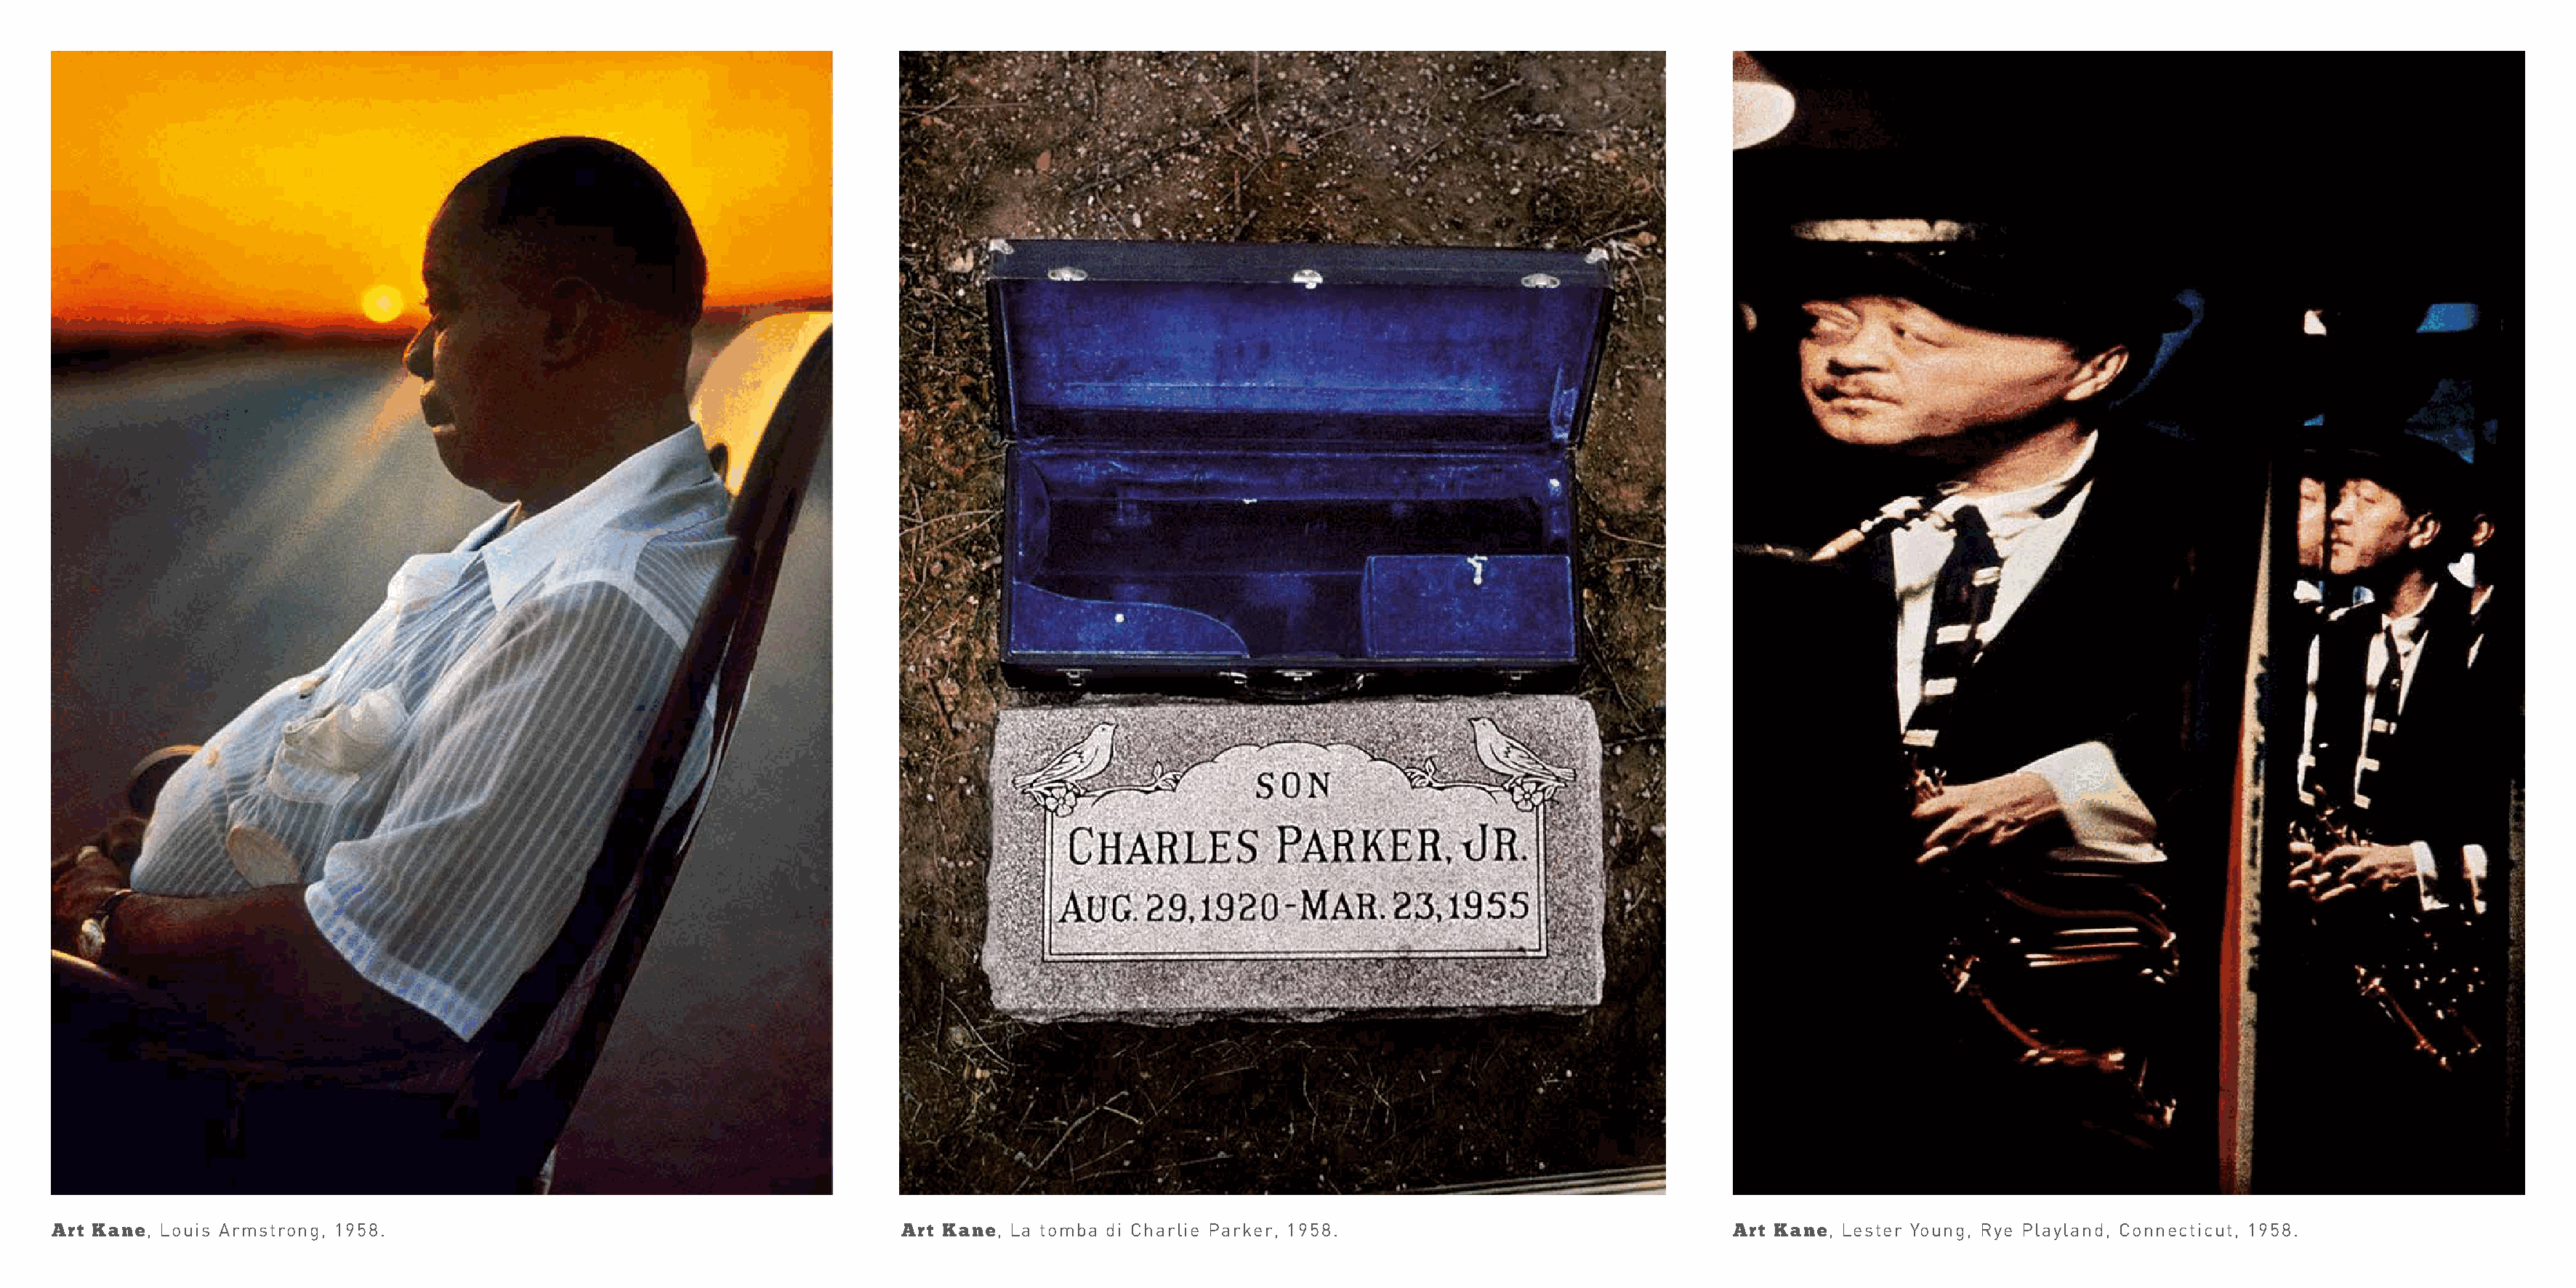
Art Kane, Louis Armstrong, 1958.                                             Art Kane, La tomba di Charlie Parker, 1958.                                 Art Kane, Lester Young, Rye Playland, Connecticut, 1958.